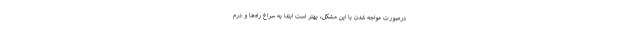
درصورت مواجه شدن با این مشکل، بهتر است ابتدا به سراغ راه‌ها و درم